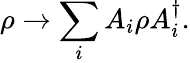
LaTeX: \rho\to\sum_{i}A_{i}\rho A_{i}^{\dagger}.